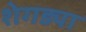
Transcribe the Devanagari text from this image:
शेगड्या